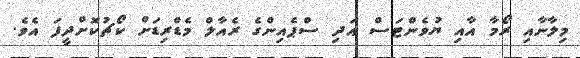
މިލާނާއި ރޯމާ އާއި ޔުވެންޓަސް އަދި ސްޕެއިންގެ ރެއާލް މެޑްރިޑަށް ކޯޗުކޮށްދީފަ އެވެ.